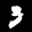
Label: 3